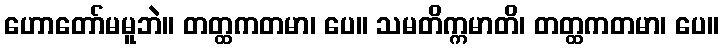
ဟောတော်မမူဘဲ။ တတ္ထကတမာ၊ ပေ။ သမတိက္ကမာတိ၊ တတ္ထကတမာ၊ ပေ။